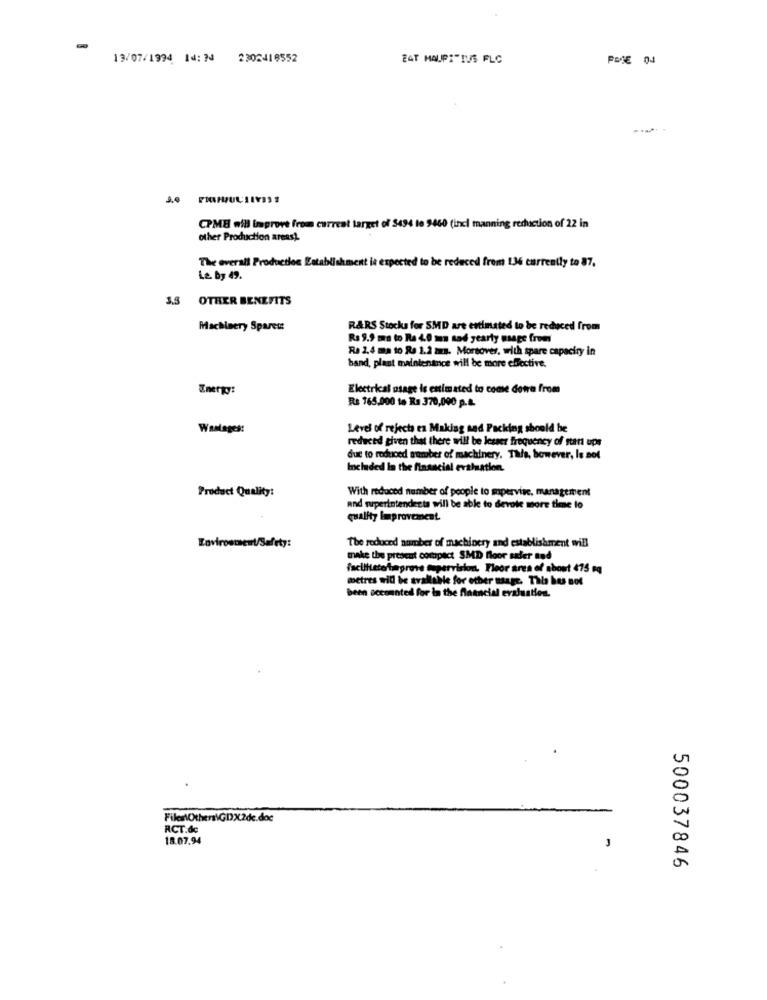
13/07/1994 14: 2 2202418552
EAT HAUP:"TUS FLC
CPME will improve from current target of 3494 to 9460 (incl manning reduction of 22 in
other Production areas).
The overall Production
ablishment is expected to be reduced from 134 currently to 87,
Le by 49.
3.5 OTHER BENEFITS
Machinery Sparet:
R&RS Stocks for SMD are estimated to be reduced from
R$ 9.9 ma to Re 4.0 mm sad yearly usage from
Ra 2.4 ma to Re 1.2 ms. Moreover, with spare capacity in
band, plant maintenance will be more effective.
Energy:
Electrical usage is estimated to come dewo from
Rs 765.000 to Ra 370,000 p.a.
Waslages:
Level of rejects en Making and Packing should be
reduced given that there will be lesser frequency of start ups
due to reduced number of machinery, This, however, le not
Included in the financial evaluation.
With reduced number of people to mpervise, management
Product Quality:
and superintendects will be able to devole more time to
quality Improvement
The reduced number of machinery and establishment will
make the present compact SMD floor sufer and
faciliteterimprove supervision. Floor area of about 475 eq
metres will be available for other usage. This hes not
been accounted for in the financial evaluation.
Files\Others\GDX2de.doc
RCT.de
18.07.94
500037846